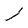
Character: l